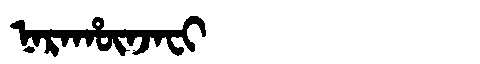
Manchu: ᠨᠠᡵᠠᡥᡡᠨᠵᠠᠸᡳ
Romanization: NARAHŪNJAFI